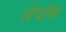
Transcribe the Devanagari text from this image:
सेवॉल